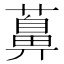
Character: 䕗